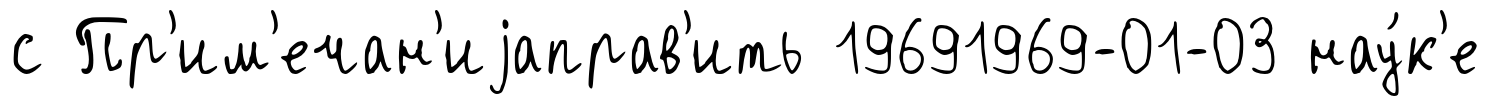
с Пр'им'ечан'иjаправ'ить 19691969-01-03 нау́к'е